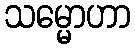
သမ္မောဟာ